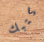
كتبك